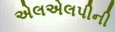
એલએલપીની